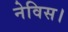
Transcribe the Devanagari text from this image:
नेविस।